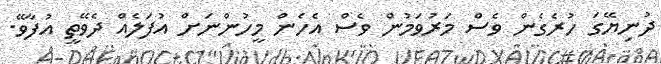
ދުނިޔޭގަ ހުރެގެން ވެސް މަރުވަމުން ވެސް އެހެން މީހުންނަށް އުފަލެއް ދެވޭތީ އުފާވޭ.